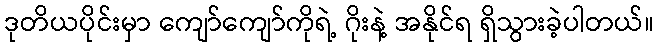
ဒုတိယပိုင်းမှာ ကျော်ကျော်ကိုရဲ့ ဂိုးနဲ့ အနိုင်ရ ရှိသွားခဲ့ပါတယ်။